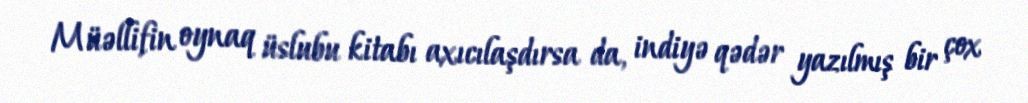
Müəllifin oynaq üslubu kitabı axıcılaşdırsa da, indiyə qədər yazılmış bir çox